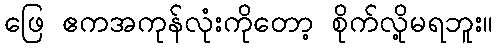
ဖြေ ဧကအကုန်လုံးကိုတော့ စိုက်လို့မရဘူး။